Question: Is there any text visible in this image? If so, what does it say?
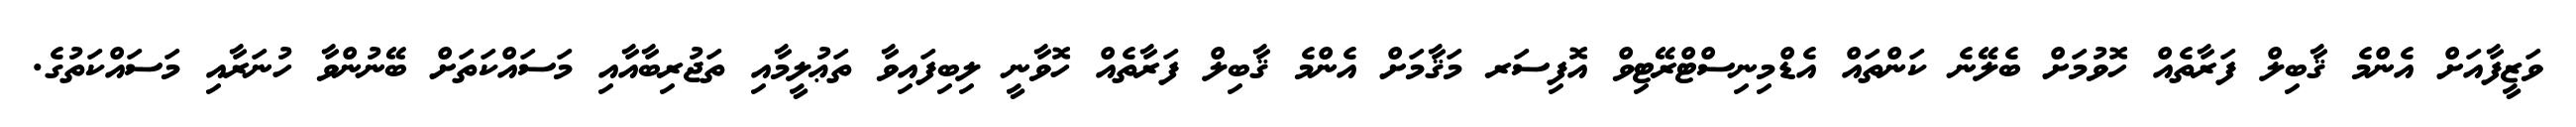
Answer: ވަޒީފާއަށް އެންމެ ޤާބިލް ފަރާތެއް ހޮވުމަށް ބެލޭނެ ކަންތައް އެޑްމިނިސްޓްރޭޓިވް އޮފިސަރ މަޤާމަށް އެންމެ ޤާބިލް ފަރާތެއް ހޮވާނީ ލިބިފައިވާ ތަޢުލީމާއި ތަޖުރިބާއާއި މަސައްކަތަށް ބޭނުންވާ ހުނަރާއި މަސައްކަތުގެ.